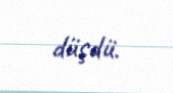
düşdü.